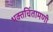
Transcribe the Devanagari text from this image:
भक्तचिंतामणी